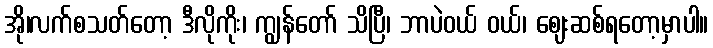
အို၊လက်စသတ်တော့ ဒီလိုကိုး၊ ကျွန်တော် သိပြီ၊ ဘာပဲဝယ် ဝယ်၊ ဈေးဆစ်ရတော့မှာပါ။